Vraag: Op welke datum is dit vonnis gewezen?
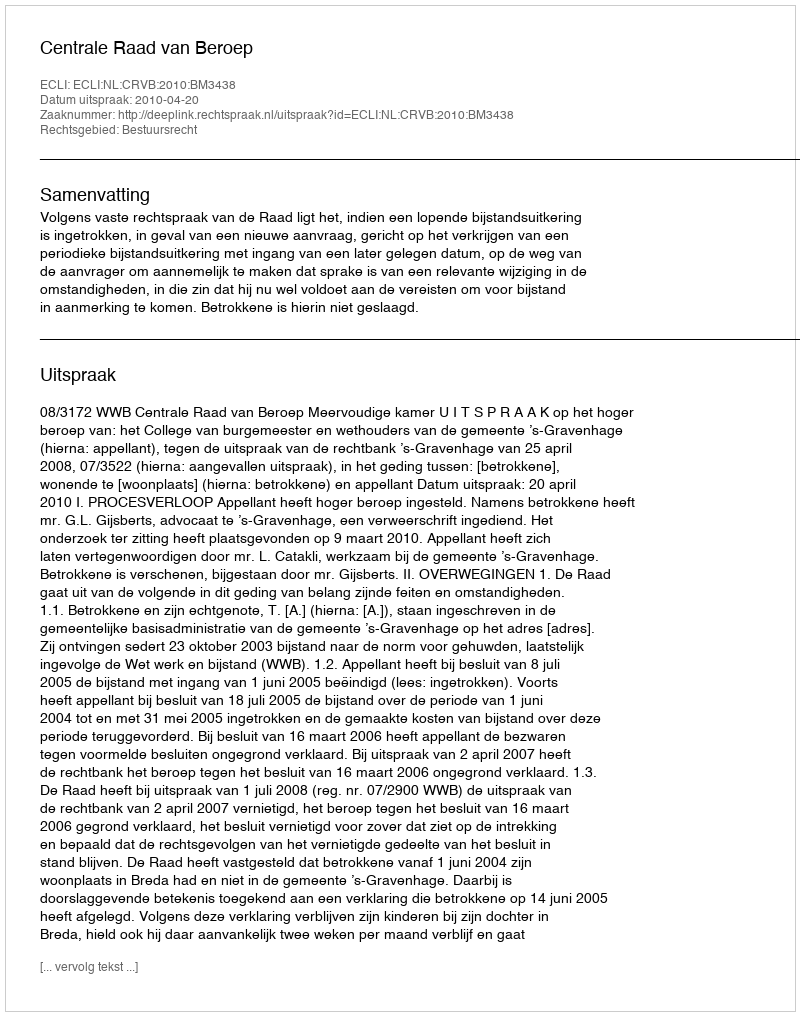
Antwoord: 2010-04-20